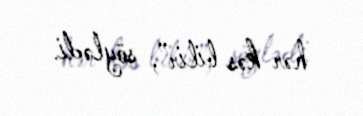
hər kəs bilir”, söylədi.